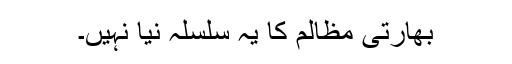
بھارتی مظالم کا یہ سلسلہ نیا نہیں۔